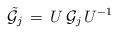
LaTeX: \begin{align*}{\tilde{{\cal G}_j}}\,=\, U\,{\cal G}_j\,U^{-1}\end{align*}